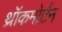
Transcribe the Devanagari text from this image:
थ्रॉकमोर्टन